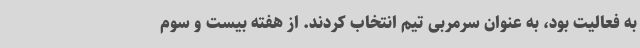
به فعالیت بود، به عنوان سرمربی تیم انتخاب کردند. از هفته بیست و سوم